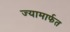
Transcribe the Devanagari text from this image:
ज्यामार्फत